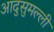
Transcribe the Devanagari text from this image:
आदुसुमल्ली